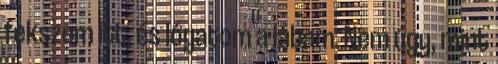
fekszem itt, és lógatom a lábam. Nem úgy, mint